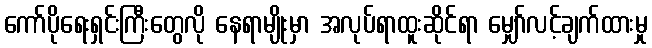
ကော်ပိုရေးရှင်းကြီးတွေလို နေရာမျိုးမှာ အလုပ်ရာထူးဆိုင်ရာ မျှော်လင့်ချက်ထားမှု